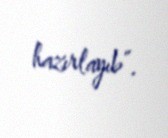
hazırlayıb”.